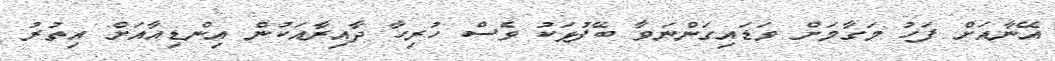
އޭނާއަށް ފަހު މަގާމަށް ވަޑައިގަންނަވާ ބޭފުޅަކު ވެސް ހުރިހާ ދާއިރާއަކުން އިންޑިއާއަށް އިތުރު